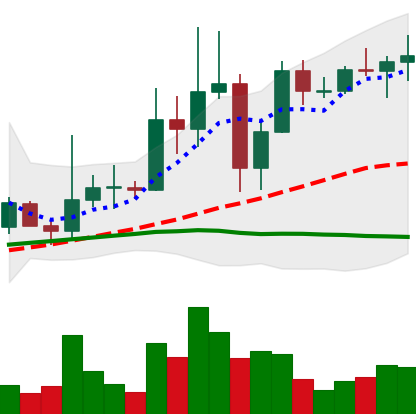
Ticker: XRP-USD
Chart end date: 2021-04-01
Forward return: 89.242%
Label: up_7plus